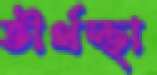
তীর্থস্থা